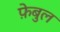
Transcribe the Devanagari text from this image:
फ़ेबुल